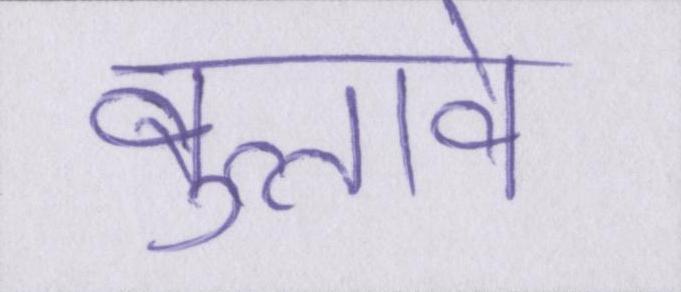
बुलावे